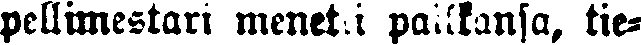
pellimestari menetti paikkansa, tie-